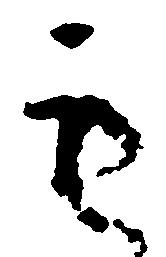
も